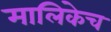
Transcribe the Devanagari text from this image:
मालिकेच